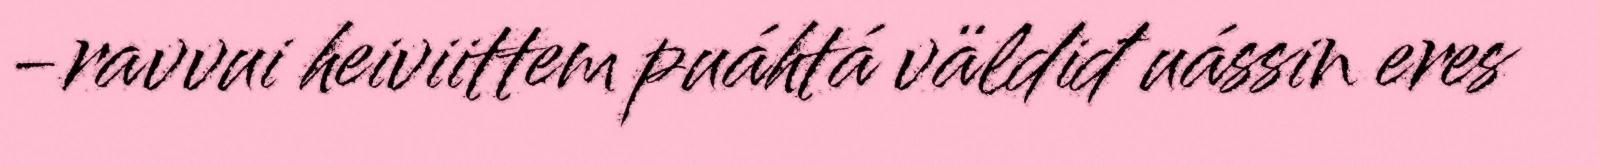
-ravvui heiviittem puáhtá väldiđ uássin eres